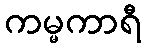
ကမ္မကာရီ